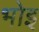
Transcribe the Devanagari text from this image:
भोइ